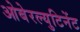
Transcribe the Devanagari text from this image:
ओबेरल्युटिनेंट